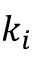
k _ { i }